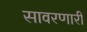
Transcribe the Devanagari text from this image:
सावरणारी